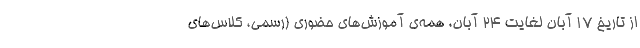
از تاریخ ۱۷ آبان لغایت ۲۴ آبان، همه‌ی آموزش‌های حضوری (رسمی، کلاس‌های